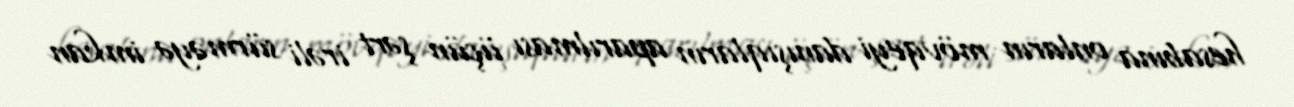
hesabına onların mövqeyi danışıqların aparılması üçün şərt irəli sürməyə imkan